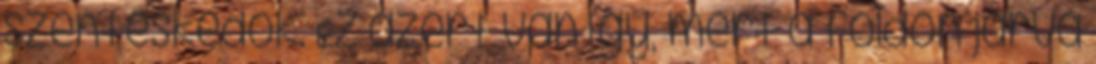
szenteskedők. Ez azért van így, mert a földön járva